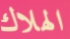
الهلاك